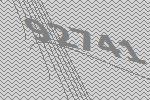
92741